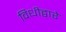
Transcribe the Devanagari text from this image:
विधीद्वारे